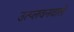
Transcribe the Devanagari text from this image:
उत्प्लवनवाले